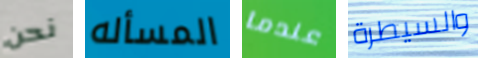
نحن المسأله عندما والسيطرة